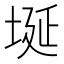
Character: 埏